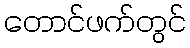
တောင်ဖက်တွင်